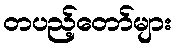
တပည့်တော်များ